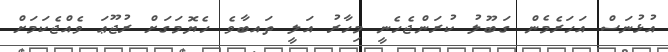
އުޅުނަސް އަހަރެމެން ގަބޫލު ކުރަންޖެހެނީ މިހާރު އަލީ ތައބާވެ ހެޔޮމަގަށް ރުޖޫޢަ ވެއްޖެކަމަށް